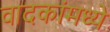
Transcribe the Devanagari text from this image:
वादकांमध्ये